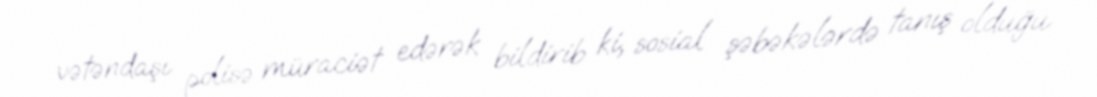
vətəndaşı polisə müraciət edərək bildirib ki, sosial şəbəkələrdə tanış olduğu